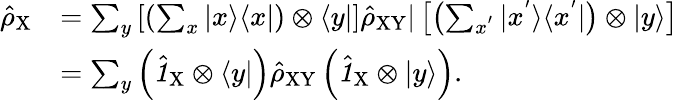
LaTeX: \begin{array}{rl}{\hat{\rho}_{\mathrm{X}}}&{=\sum_{y}\left[\left(\sum_{x}|x\rangle\langle x|\right)\otimes\langle y|\right]\hat{\rho}_{\mathrm{XY}}|\left[\left(\sum_{x^{'}}|x^{'}\rangle\langle x^{'}|\right)\otimes|y\rangle\right]}\\ &{=\sum_{y}\left(\hat{\textbf{\textit{1}}\, }_{\! \mathrm{X}}\otimes\langle y|\right)\hat{\rho}_{\mathrm{XY}}\left(\hat{\textbf{\textit{1}}\, }_{\! \mathrm{X}}\otimes|y\rangle\right).}\end{array}